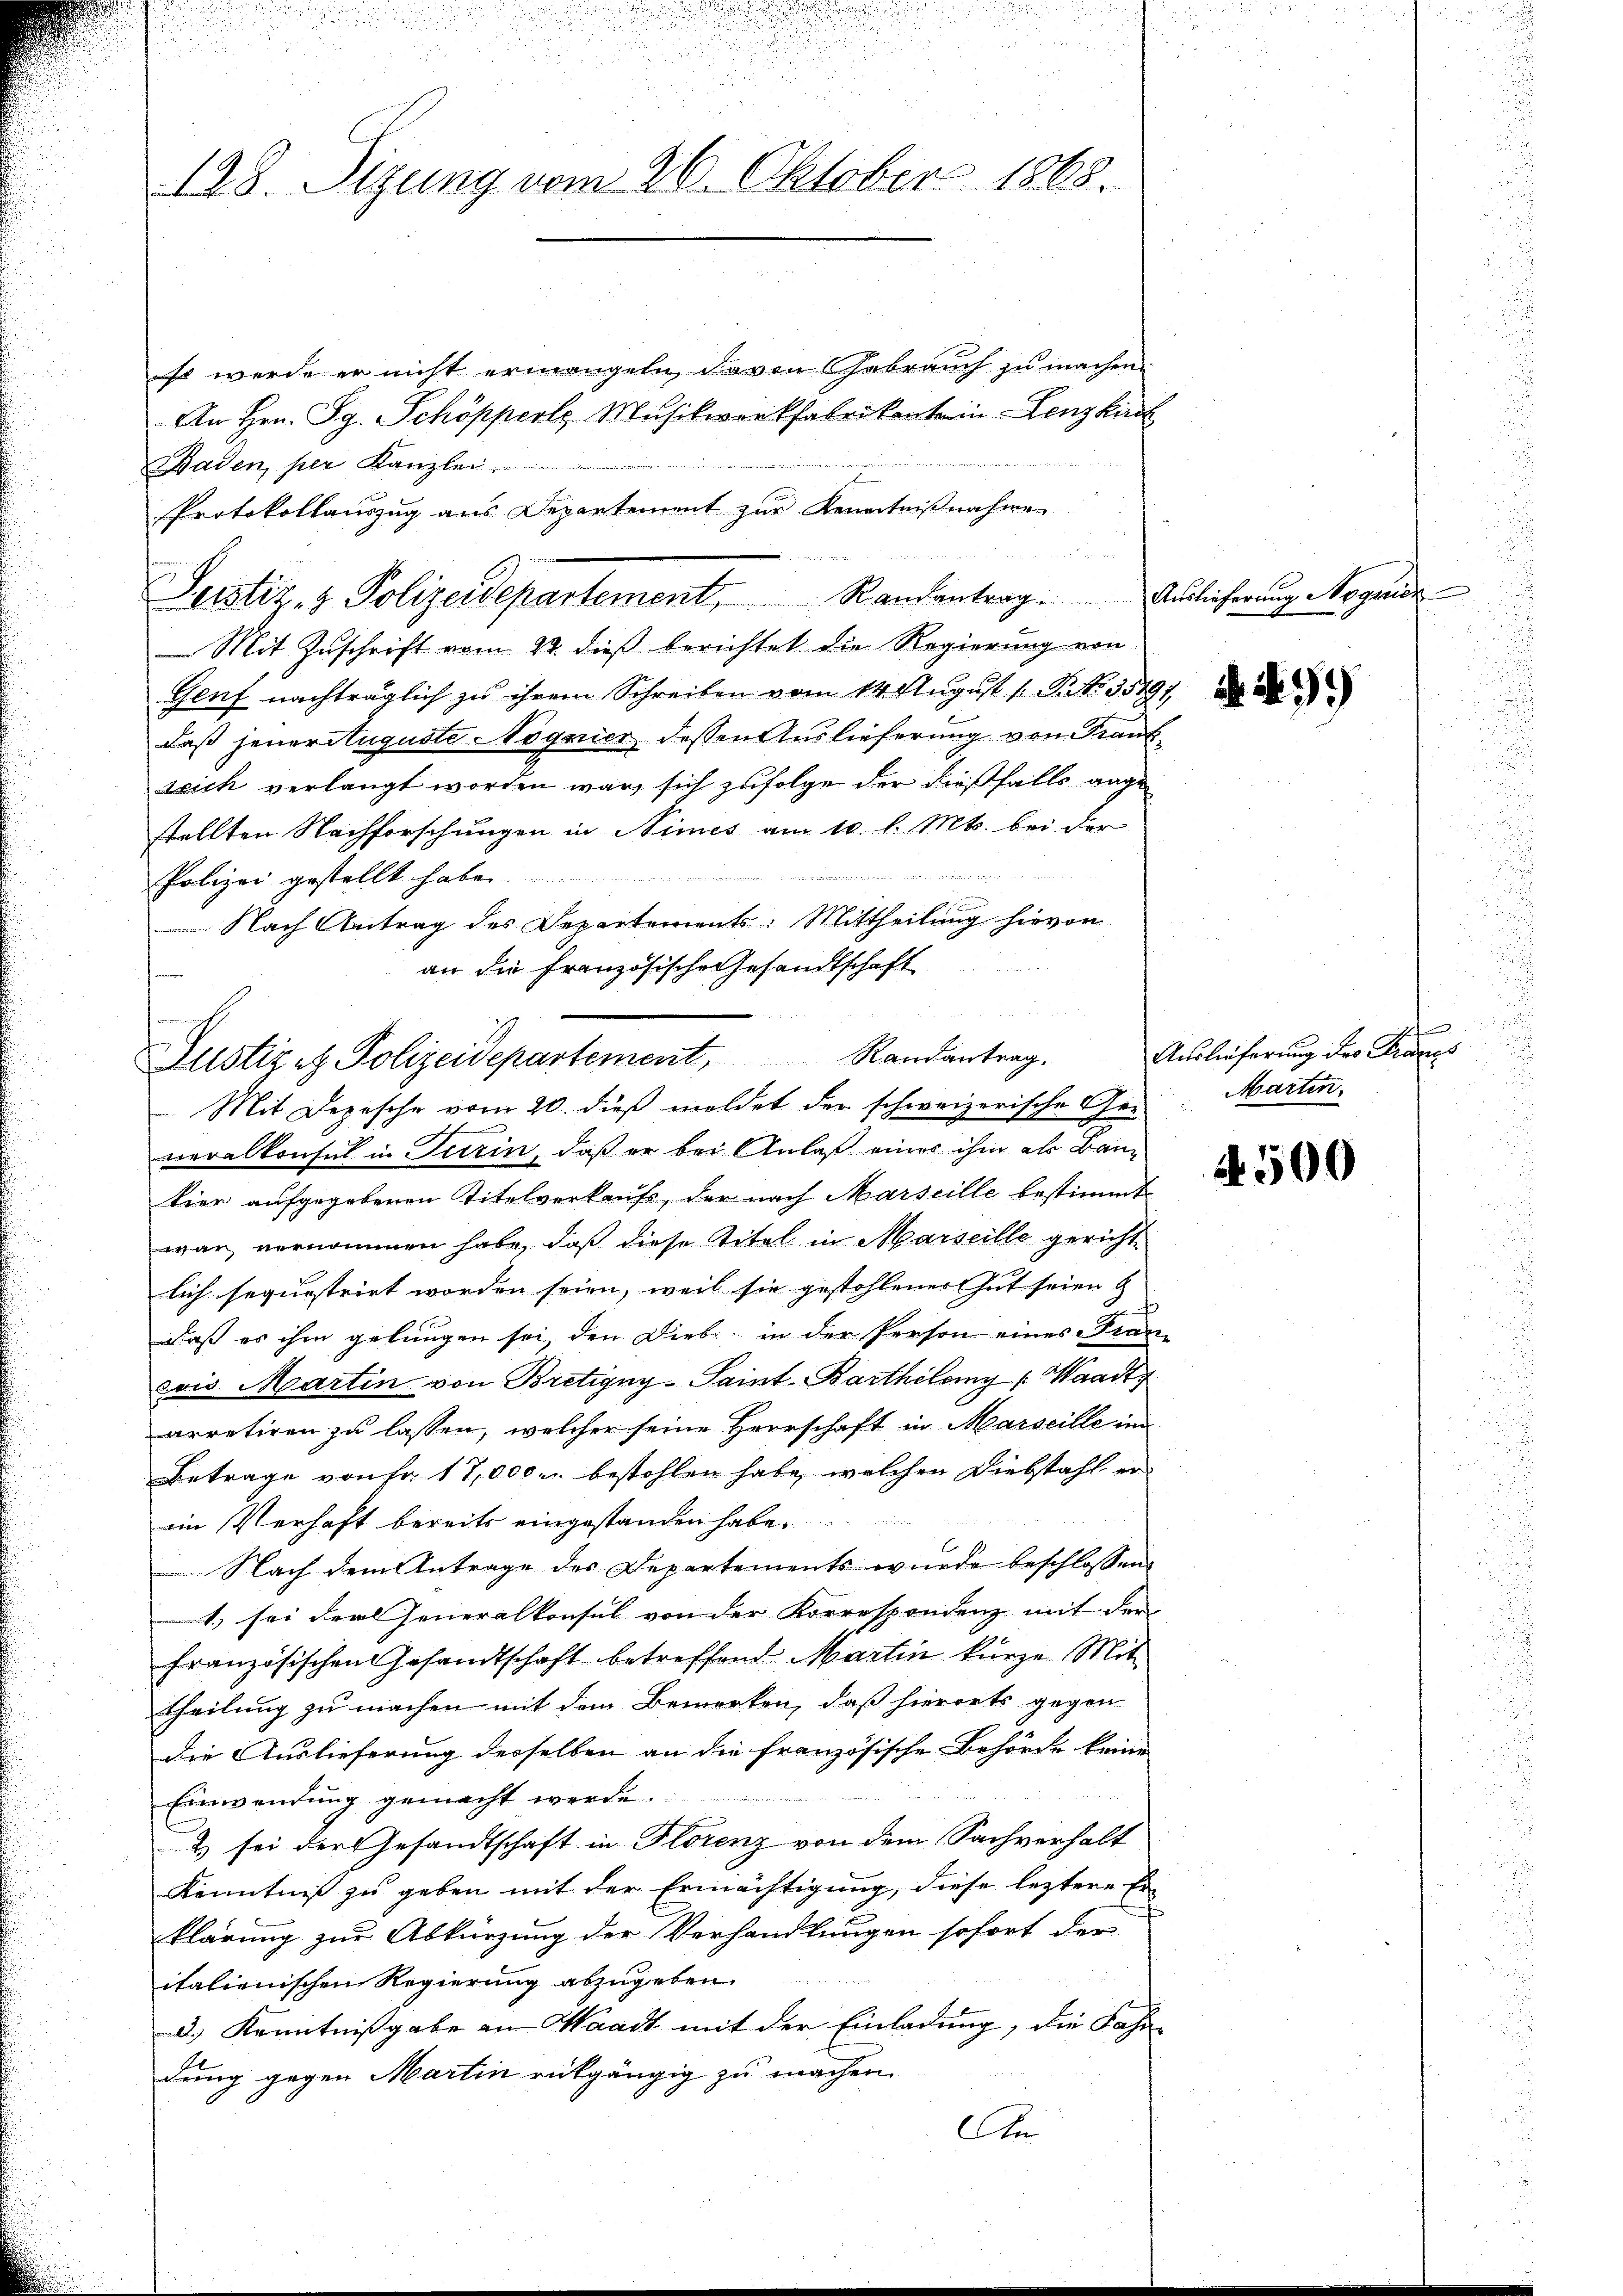
128. Sizung vom 26. Oktober 1868.

so werde er nicht ermangeln davon Gebrauch zu machen.
An Hrn. Sg. Schöpperte Musikworkfabrikante in Lenzkirch
Baden, per Kanzlei.
Protokollauszug aus Departement zur Kenntnißnahme
 Mit Zuschrift vom 22. dieß berichtet die Regierung von
Genf nachträglich zu ihrem Schreiben vom 14. August 1 S. Nr. 1549/
daß jener Auguste Nognier dessen Auslieferung von Frank
ssich verlangt worden war, sich zufolge der dießfalls angestellten Nachforschungen in Nimes am 10. l. Mts. bei der
 sich in den und
Polizei gestellt habe.
Nach Antrag des Departements: Mittheilung hievon
an die französische Gesandtschaft
u

Leistiz- & Polizeidepartement. Randantrag. Auslicherung Magnie

Altstizet Polizeidepartement, Randantrag. Auslieferŭng des Francs

Mit Depesche vom 20. dieß meldet der schweizerische Generalkonsul in Turin, daß er bei Anlaß eines ihm als Baukier aufgegebenen Titelverkaufs, der nach Marseille bestimmt
war vernommen habe, daß diese Titel in Marseille gericht
lich sequestrirt worden seien, weil sie gestohlener Gut seien &
daß es ihm gelungen sei, den Diebe, in der Person eines Fran-
vois Martin von Bretigny-Saint Barthilemy (Waadt
arretiren zu lassen, welcher seine Herrschaft in Marseille in
Betrage von Fr. 17,000 r. bestohlen habe, welchen Diebstahl er
eim Verhaft bereits eingestanden habe.
Nach dem Antrage des Departements wurde beschlossen
1) sei der Generalkonsul von der Korrespondenz mit der
französischen Gesandtschaft betreffend Martin kurze Mit
theilung zu machen mit dem Bemerken, daß hierorts gegen
die Auslieferung derselben an die französische Behörde keine
Einwendung gemacht werde.
2 sei der Gesandtschaft in Florenz von dem Sachverhalt
Kenntniß zu geben mit der Ermächtigung, diese leztere Erklärung zur Abkürzung der Verhandlungen sofort der
italienischen Regierung abzugeben.
b
d.) Kenntnißgabe an Waadt mit der Einladung, die Fahr-
dung gegen Martin rückgängig zu machen.
An

e
Marten.

A. 500